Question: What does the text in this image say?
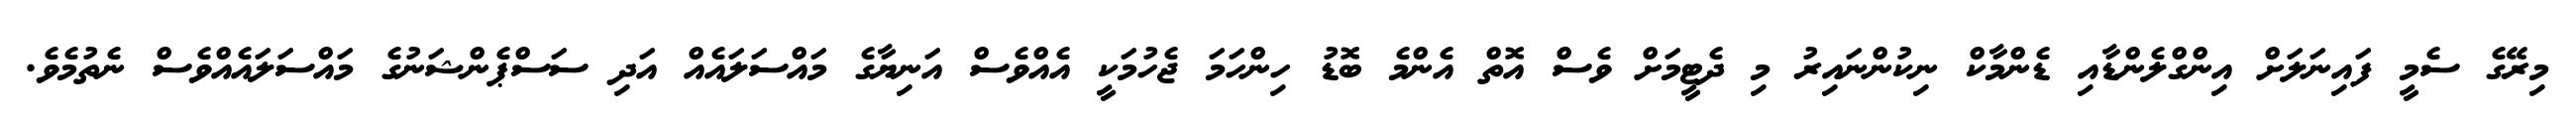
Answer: މިރޭގެ ސެމީ ފައިނަލަށް އިންގްލެންޑާއި ޑެންމާކް ނިކުންނައިރު މި ދެޓީމަށް ވެސް އޮތް އެންމެ ބޮޑު ހިންހަމަ ޖެހުމަކީ އެއްވެސް އަނިޔާގެ މައްސަލައެއް އަދި ސަސްޕެންޝަނުގެ މައްސަލައެއްވެސް ނެތުމެވެ.